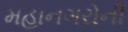
મહાનગરોની